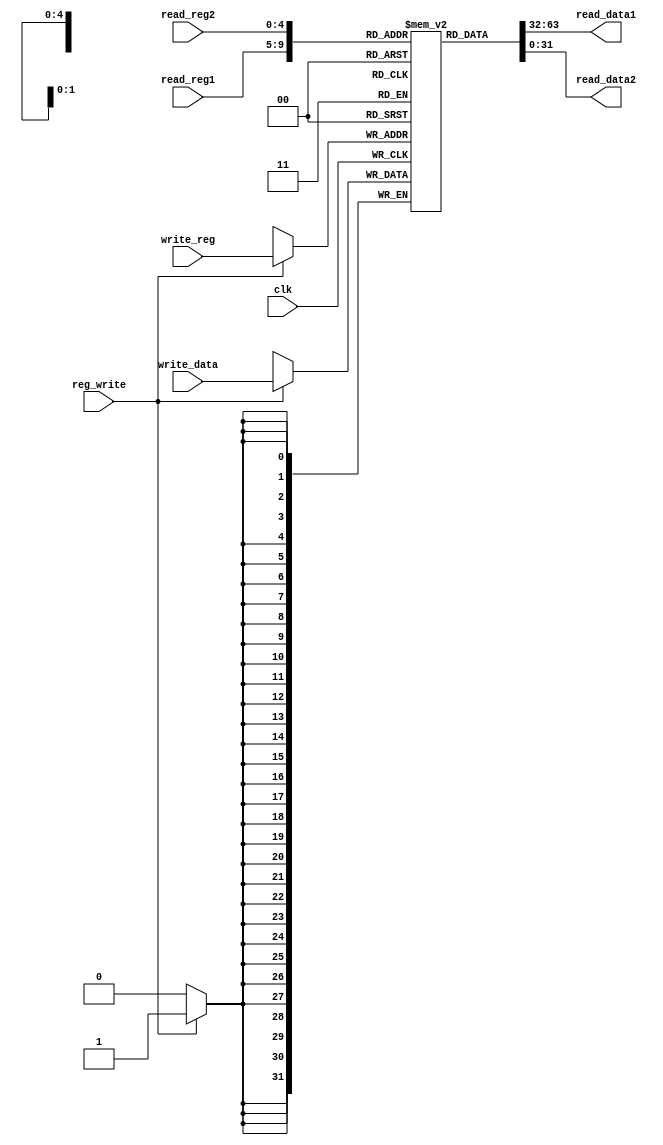
`timescale 1ns / 1ps 
//////////////////////////////////////////////////////////////////////////////////
// Company:
// Engineer:
//
// Design Name:
// Module Name: Registers
// Project Name:
// Target Devices:
// Tool Versions:
// Description:
//
// Dependencies:
//
// Revision:
// Revision 0.01 - File Created
// Additional Comments:
//
//////////////////////////////////////////////////////////////////////////////////


module Registers(
           input clk,
           input [25: 21] read_reg1,
           input [20: 16] read_reg2,
           input [4: 0] write_reg,
           input [31: 0] write_data,
           input reg_write,
           output reg [31: 0] read_data1,
           output reg [31: 0] read_data2
       );
// 32 registers
reg [31: 0] reg_file[31: 0];

// read
// also update at negedge of reg_write
always @(read_reg1 or read_reg2
             or reg_write) begin

    read_data1 = reg_file[read_reg1];
    read_data2 = reg_file[read_reg2];

end

// write
always @(negedge clk) begin
    if (reg_write)
        reg_file[write_reg] = write_data;
end

initial begin: regInit
    integer i;
    for (i = 0 ; i < 32 ; i = i + 1)
        reg_file[i] = 0;
    read_data1 = 0;
    read_data2 = 0;
end

endmodule